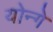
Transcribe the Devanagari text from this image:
योन्गे